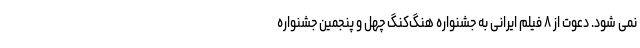
نمی شود. دعوت از ۸ فیلم ایرانی به جشنواره هنگ‌کنگ چهل و پنجمین جشنواره